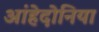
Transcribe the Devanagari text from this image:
आंहेदोनिया